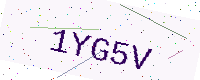
Text: 1YG5V